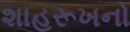
શાહરૂખનો